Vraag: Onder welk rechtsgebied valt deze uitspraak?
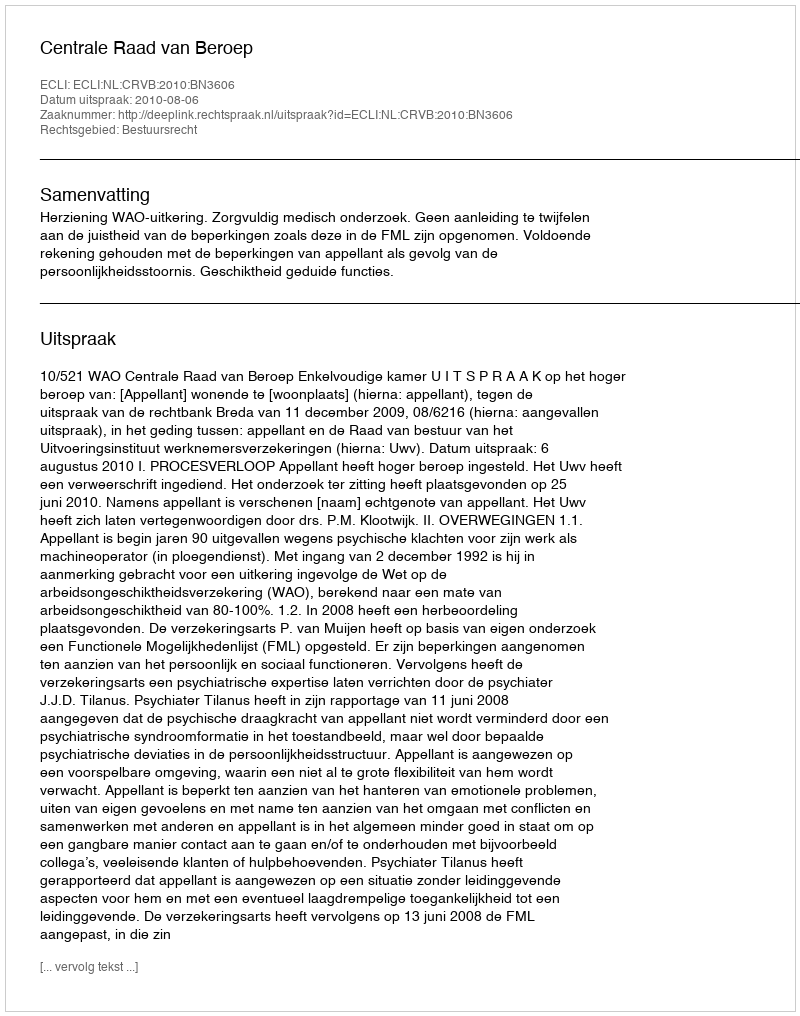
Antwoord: Bestuursrecht